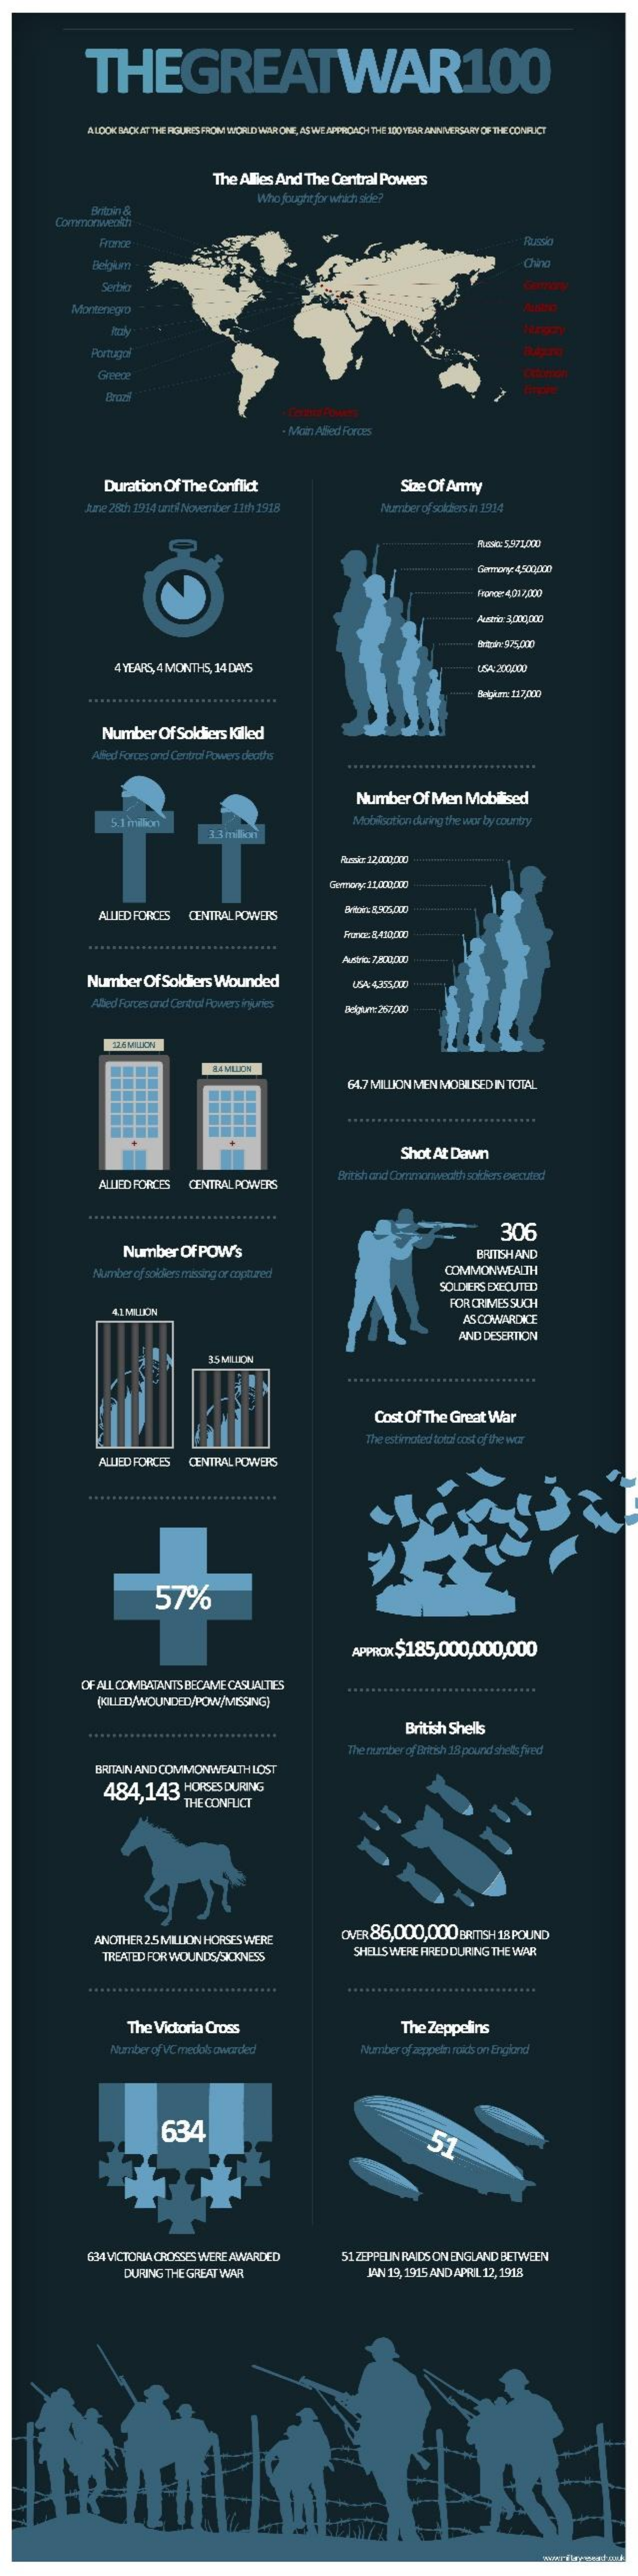
THEGREATWAR100
     ALOOK MOCAT THE FIGURES FROM WORLD WAR ONE, AS WE APPROACH THE 100YEAR ANNIVERSARY OF THE CONFLICT
     The  Allies And The  Central Powers
     Who fought for which sie?
     Commonwealth
     Fronde
     Montenegro
     Portugal
     Greene
     - Main Allied Forces
     Duration   Of The  Conflict    Size Of Army
     tane 28th 1914 canth November 11th 1918    Number of soldiers In 1914
     Push: 5971/200
     Gomory: 4900000
     Frongr: 4.01 7000
     4 YEARS, 4 MONTHS, 14 DAYS    LSA 200000
     Number    Of Soldiers Killed
     Alied Forces and Central Powers deaths
     Number    Of  Men   Mobilised
     5.1 milon    Mobiloution during the wor by country
     3.3 milon
     Gomory 2LAconte
     ALLIED FORCES  CENTRAL  POWERS
     Number   Of  Soldiers Wounded    USA: 4,155.000
     Abed Forces and Control Powers Inyjuntes
     16 MILLCON
     A4 MILLION
     64.7 MILLION MEN MOBILISED IN TOTAL
     Shot  At Dawn
     ALLIED FORCES   CENTRAL POWERS
     British and Commonwealth soldiers executed
     306
     Number    Of POW's    BRISHAND
     Number of soldiers missing or captured    COMMONWEALTH
     SOLENERS EXECUTED
     4.1 MILLION
     FORCRIMES SUCH
     AND DESERTION
     85 MILLION
     ................................
     Cost Of  The Great  War
     The estimated total cost of the wor
     ALLIED FORCES   CENTRAL POWERS
     57%
     APPX$185,000,000,000
     OF ALL COMBATANTS  BECAME CASLINITIES    .........
     ................................
     British Shells
     The number of Bresh 18 pound sheksfved
     BRITAIN AND COMMONWEALTHLOST
     484,143    HORSES  DURING
     THE CONFLICT
     ANOTHER  25 MILLION HORSES WERE    OVER 86,000,000    BRITISH 18 POUND
     TREATED FOR WOUNDS/SICKNESS    SHELLS WERE FIRED CURING THE WAR
     The Victoria Cross    The  Zeppelins
     Number of VC medio& awarded!    Member of zeppelin roids on Engiband
     634
     51
     63-4 VICTORIA CROSSES WERE AWARDED    51 ZEPPELIN RAIDSON ENGLAND BETWEEN
     DURING THE GREAT WAR    JAN 19, 1915 AND APRIL 12, 1918